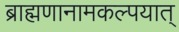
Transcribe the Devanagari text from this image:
ब्राह्मणानामकल्पयात्‌